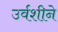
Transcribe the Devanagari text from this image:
उर्वशीने